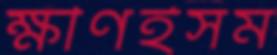
ক্ষীণইসম